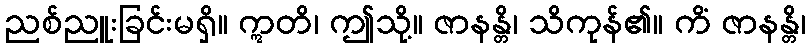
ညစ်ညူးခြင်းမရှိ။ ဣတိ၊ ဤသို့။ ဇာနန္တိ၊ သိကုန်၏။ ကိံ ဇာနန္တိ၊